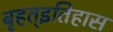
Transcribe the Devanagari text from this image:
बृहत्इतिहास